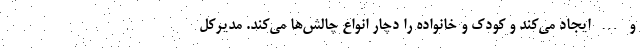
و … ایجاد می‌کند و کودک و خانواده را دچار انواع چالش‌ها می‌کند. مدیرکل